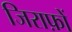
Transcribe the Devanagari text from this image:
जिराफ़ों